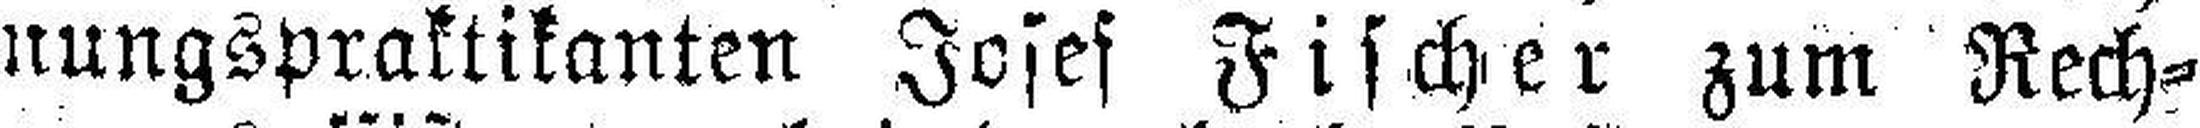
nungspraktikanten Josef Fischer zum Rech¬